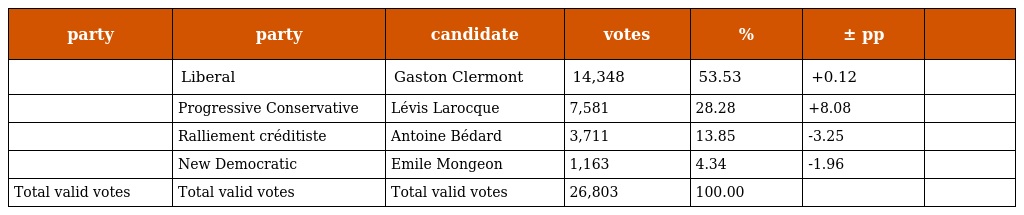
| party | party | candidate | votes | % | ± pp |  |
 | --- | --- | --- | --- | --- | --- | --- |
 |  | Liberal | Gaston Clermont | 14,348 | 53.53 | +0.12 |  |
 |  | Progressive Conservative | Lévis Larocque | 7,581 | 28.28 | +8.08 |  |
 |  | Ralliement créditiste | Antoine Bédard | 3,711 | 13.85 | -3.25 |  |
 |  | New Democratic | Emile Mongeon | 1,163 | 4.34 | -1.96 |  |
 | Total valid votes | Total valid votes | Total valid votes | 26,803 | 100.00 |  |  |